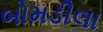
બોમડીલા